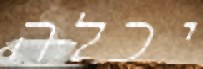
יכלה